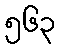
၅၆၃